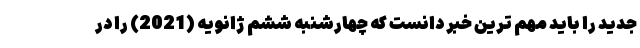
جدید را باید مهم ترین خبر دانست که چهارشنبه ششم ژانویه (2021) را در